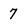
Character: 7